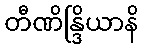
တီဏိန္ဒြိယာနိ